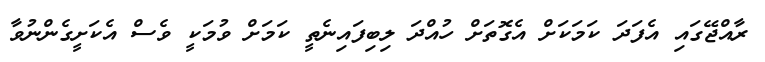
ރާއްޖޭގައި އެފަދަ ކަމަކަށް އެގޮތަށް ހުއްދަ ލިބިފައިނެތީ ކަމަށް ވުމަކީ ވެސް އެކަށީގެންނުވާ